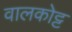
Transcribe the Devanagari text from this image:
वालकोट्ट